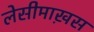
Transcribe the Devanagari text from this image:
लेसीमाख़स